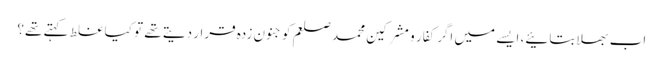
اب بھلا بتائیے، ایسے میں اگر کفار و مشرکین محمد صلعم کو جنون زدہ قرار دیتے تھے تو کیا غلط کہتے تھے؟